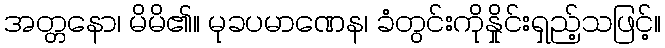
အတ္တနော၊ မိမိ၏။ မုခပမာဏေန၊ ခံတွင်းကိုနှိုင်းရှည့်သဖြင့်။